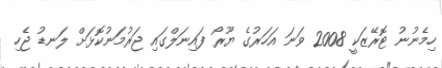
ހިމެނުނު ޓޮރޭޒަކީ 2008 ވަނަ އަހަރުގެ ޔޫރޯ ފައިނަލްގައި ޖަރުމަނުކޮޅަށް ލަނޑު ޖެހި